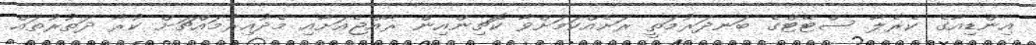
އިންޑިއާގެ ކެރެލާ ސްޓޭޓްގެ ބަނދަރުމަތީ ރަށެއްކަމަށްވާ ކޮޗިންއިން ރާއްޖެއަށާއި މެދުއިރުމައްޗަށް ކުރާ ދަތުރުތައް